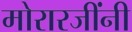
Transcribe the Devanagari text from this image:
मोरारजींनी